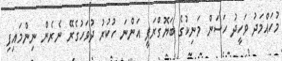
މުހައްމަދު ވަހީދު ހަސަން މަނިކުގެ ބަޔޮގްރަފީ އަންނަ ހުކުރު ދުވަހުގެރޭ ނެރެން ނިންމައިފި